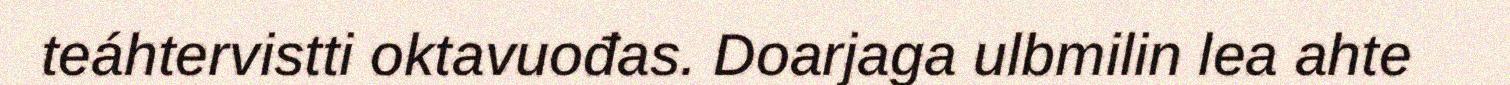
teáhtervistti oktavuođas. Doarjaga ulbmilin lea ahte